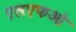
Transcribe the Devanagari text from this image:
एलएफओ